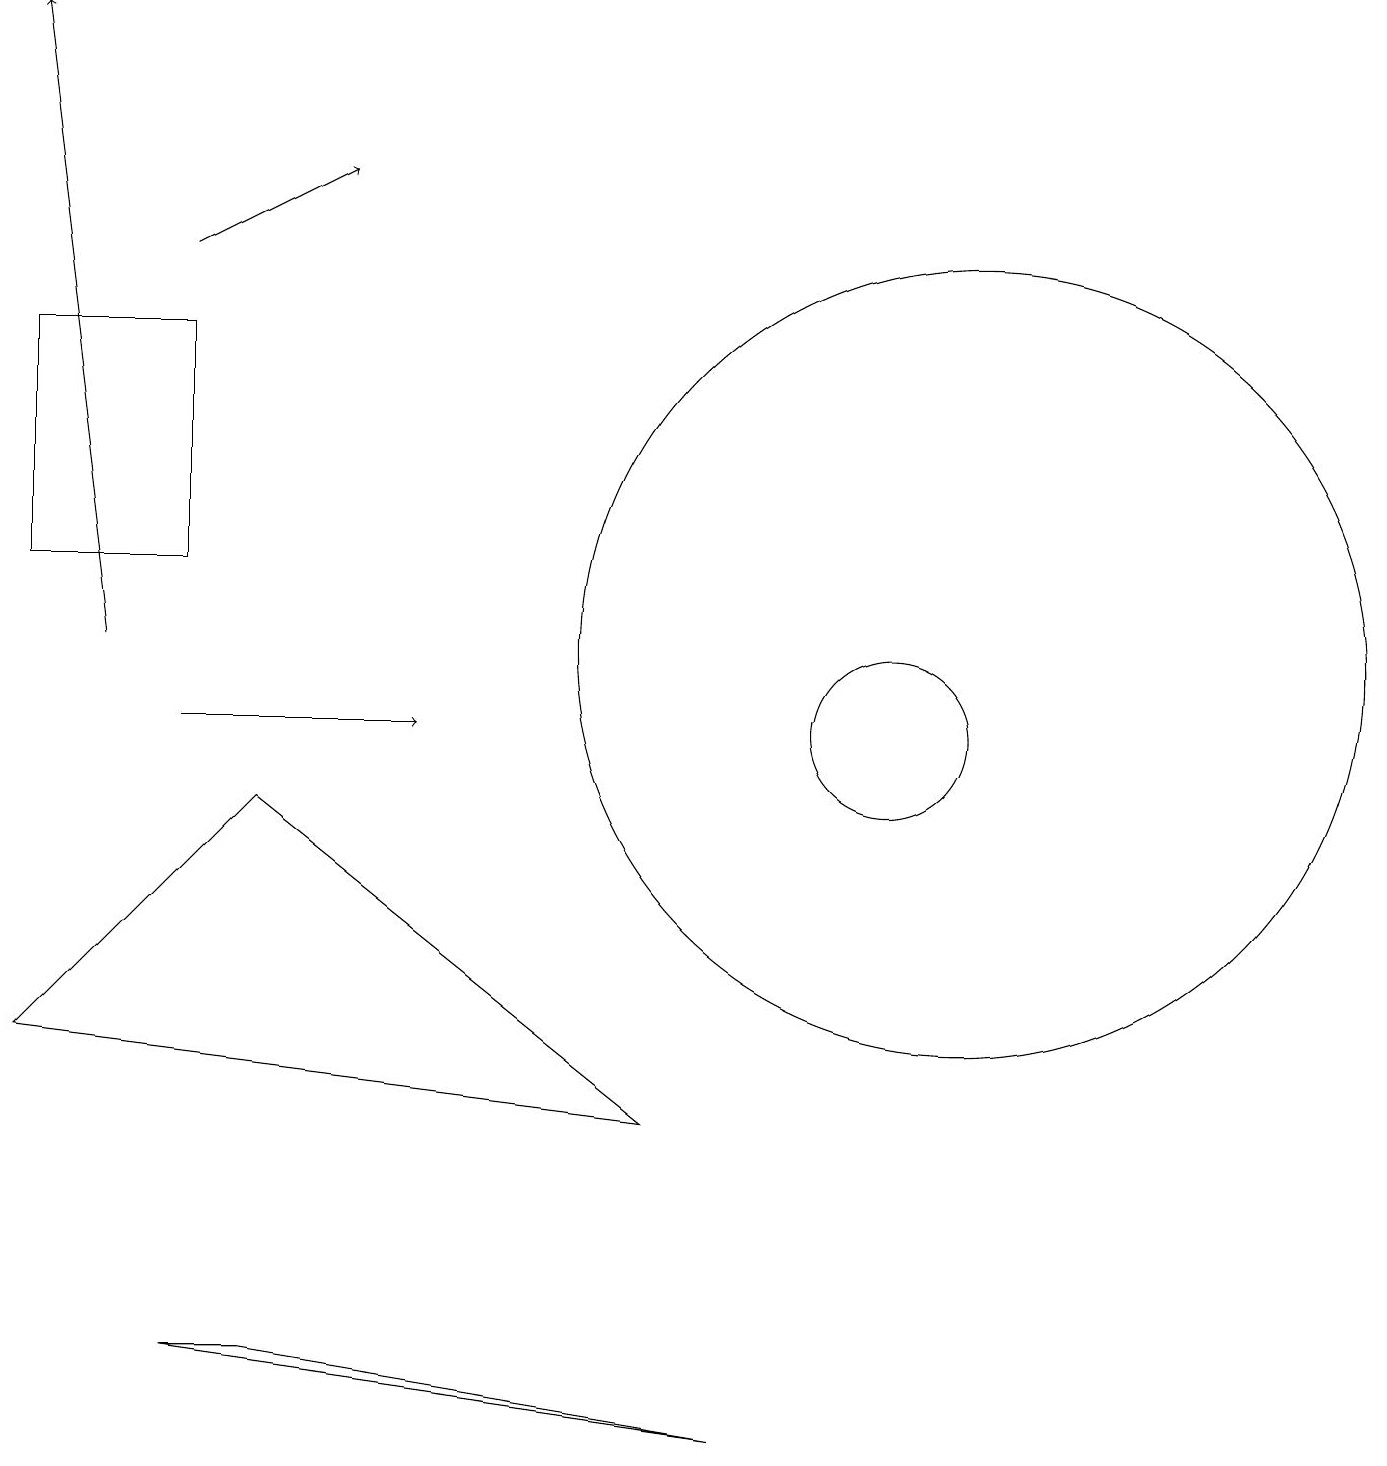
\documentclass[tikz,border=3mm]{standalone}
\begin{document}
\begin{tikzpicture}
\draw[->] (2,16) -- (4,17);
\draw[->] (2,10) -- (5,10);
\draw (11,10) circle (1);
\draw (12,11) circle (5);
\draw[->] (1,11) -- (0,19);
\draw (2,2) -- (9,1) -- (3,2) -- cycle;
\draw (0,12) rectangle (2,15);
\draw (8,5) -- (3,9) -- (0,6) -- cycle;
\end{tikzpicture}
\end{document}